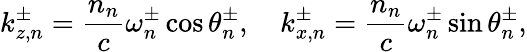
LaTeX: k_{z,n}^{\pm}=\frac{n_{n}}{c}\omega_{n}^{\pm}\cos\theta_{n}^{\pm},\quad k_{x,n}^{\pm}=\frac{n_{n}}{c}\omega_{n}^{\pm}\sin\theta_{n}^{\pm},